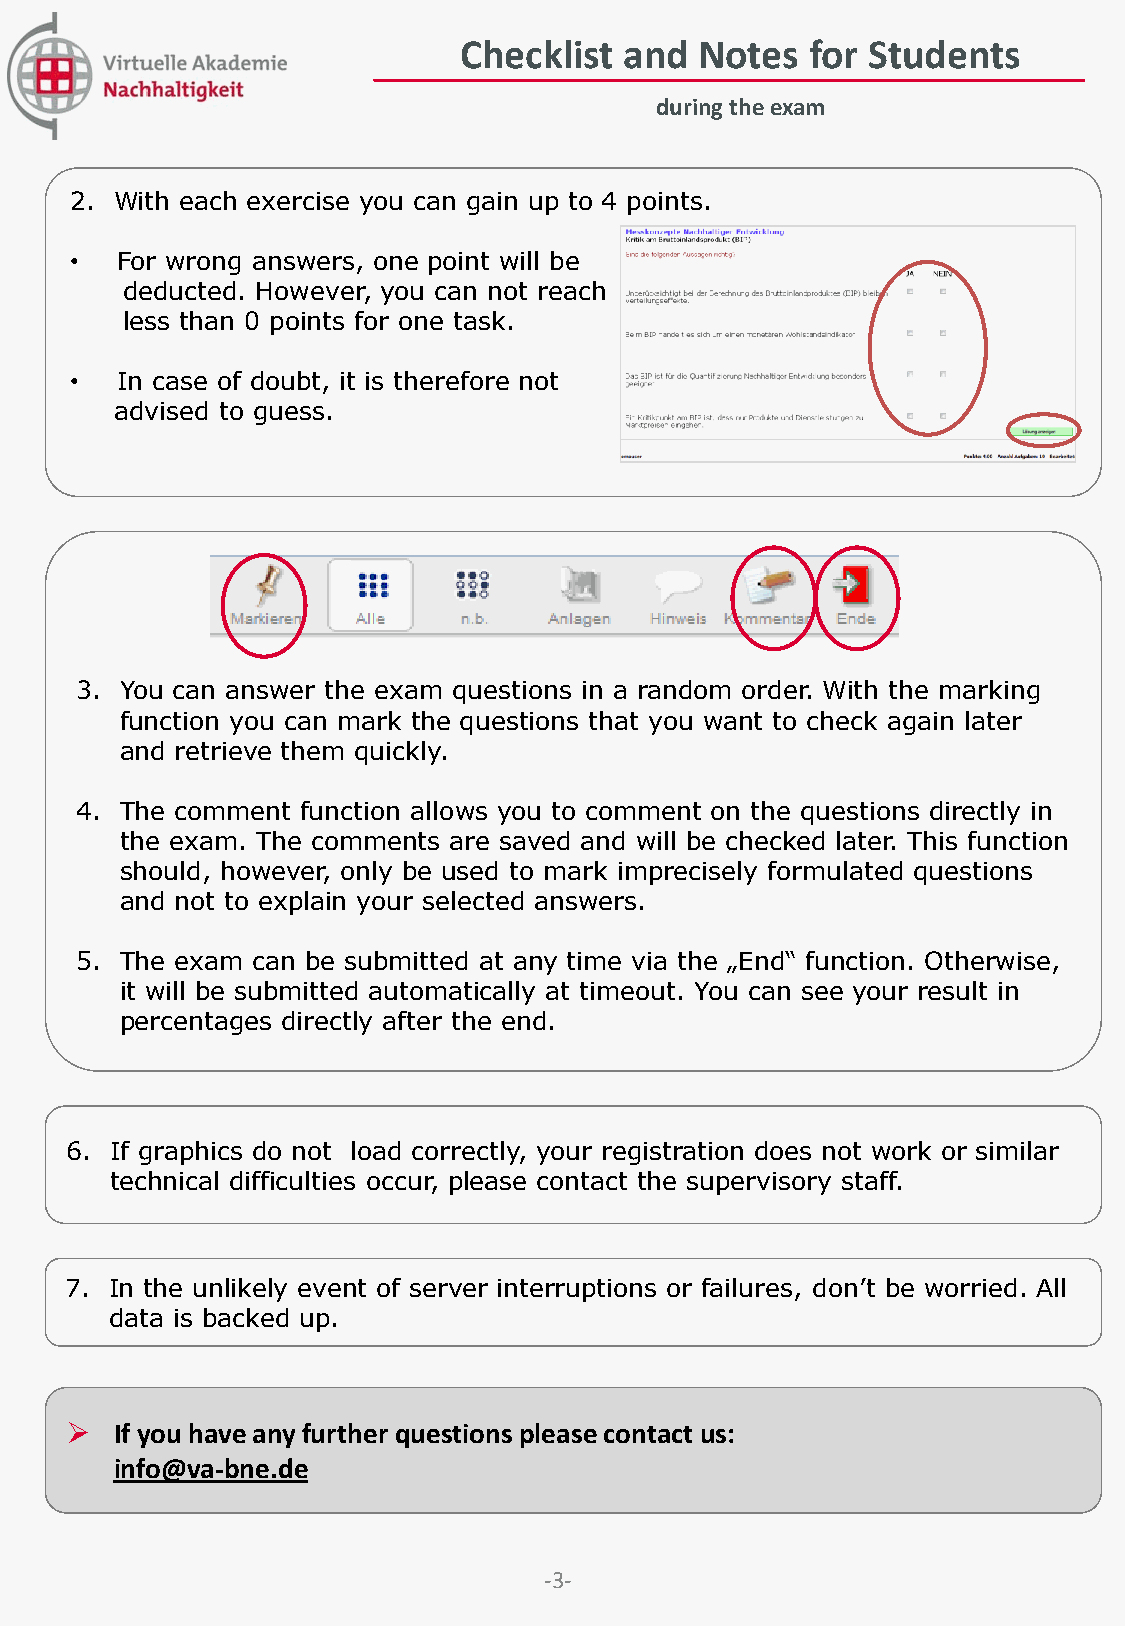
Checklist  and  Notes   for Students
 during the exam
 2. With each exercise you can gain up to 4 points.
 •  For wrong answers, one point will be
 deducted. However, you can not reach
 less than 0 points for one task.
 •  In case of doubt, it is therefore not
 advised to guess.
 3. You can answer the exam questions in a random order. With the marking
 function you can mark the questions that you want to check again later
 and retrieve them quickly.
 4. The comment function allows you to comment on the questions directly in
 the exam. The comments are saved and will be checked later. This function
 should, however, only be used to mark imprecisely formulated questions
 and not to explain your selected answers.
 5. The exam can be submitted at any time via the „End“ function. Otherwise,
 it will be submitted automatically at timeout. You can see your result in
 percentages directly after the end.
 6. If graphics do not load correctly, your registration does not work or similar
 technical difficulties occur, please contact the supervisory staff.
 7. In the unlikely event of server interruptions or failures, don’t be worried. All
 data is backed up.
    If you have any further questions please contact us:
 info@va-bne.de
 -3-